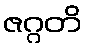
ဇဂ္ဂတိ